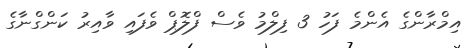
އިމްރާންގެ އެންމެ ފަހު 3 ފިލްމު ވެސް ފްލޮޕް ވެފައި ވާއިރު ކަންގްނާގެ